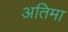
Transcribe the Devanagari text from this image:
अतिमा